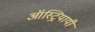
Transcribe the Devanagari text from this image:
ऑस्ट्रियायी